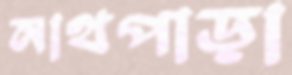
নাথপাড়া